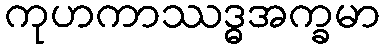
ကုဟကာဿဒ္ဓအက္ခမာ